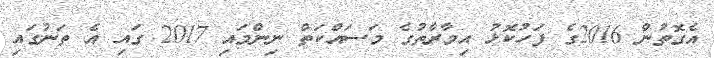
އެގޮތުން 2016ގެ ފަހުކޮޅު އިމާރާތުގެ މަސައްކަތް ނިންމައި 2017 ގައި އެ ތަނުގައި